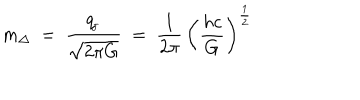
LaTeX: m _ { \Delta } \ = \ \frac { q _ { \! _ { J } } } { \sqrt { 2 \pi G } } \ = \ \frac { 1 } { 2 \pi } \, \left( { \frac { h c } { G } } \right) ^ { \frac { 1 } { 2 } }